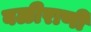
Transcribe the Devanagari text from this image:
बळीराणी